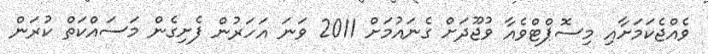
ވެއްޖެކަމަށާއި މިސޮޕްޓްވެއާ ވުޖޫދަށް ގެނައުމަށް 2011 ވަނަ އަހަރުން ފެށިގެން މަސައްކަތް ކުރަން